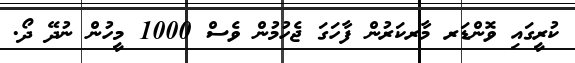
ކުރީގައި ވޮންޑަރ މާރކަރުން ފާހަގަ ޖެހުމުން ވެސް 1000 މީހުން ނުދޭ ދޯ.